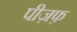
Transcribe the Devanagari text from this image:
पीज़फ़